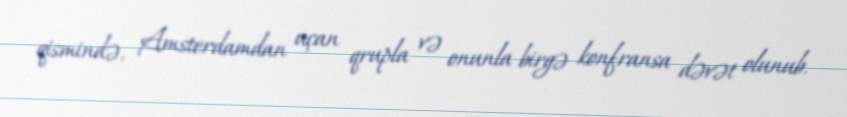
qismində, Amsterdamdan uçan qrupla və onunla birgə konfransa dəvət olunub.